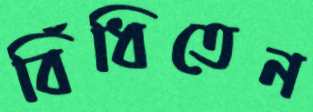
বিঁধিতেন